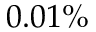
0 . 0 1 \%